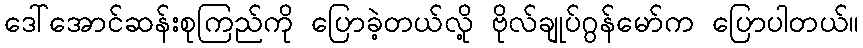
ဒေါ်အောင်ဆန်းစုကြည်ကို ပြောခဲ့တယ်လို့ ဗိုလ်ချုပ်ဂွန်မော်က ပြောပါတယ်။